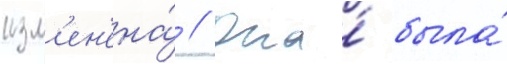
изм'ен'ена́ // Она́ была́